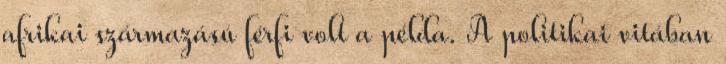
afrikai származású férfi volt a példa. A politikai vitában